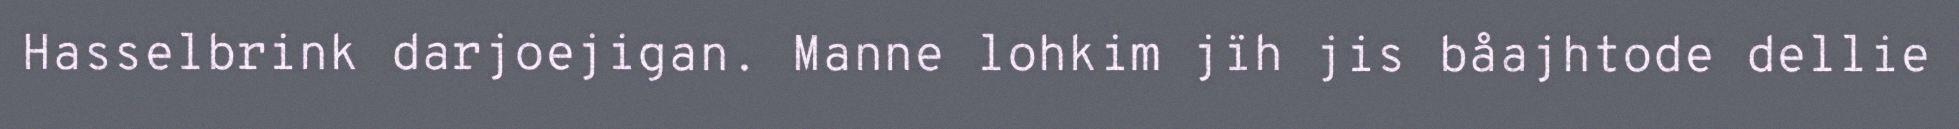
Hasselbrink darjoejigan. Manne lohkim jïh jis båajhtode dellie